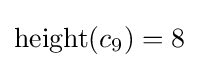
\operatorname {height} (c_{9})=8